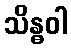
သိန္ဓဝါ